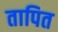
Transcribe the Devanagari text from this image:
तापित